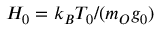
H _ { 0 } = k _ { B } T _ { 0 } / ( m _ { O } g _ { 0 } )